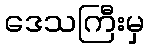
ဒေသကြီးမှ